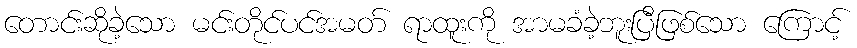
တောင်းဆိုခဲ့သော မင်းတိုင်ပင်အမတ် ရာထူးကို အာမခံခဲ့ဘူးပြီဖြစ်သော ကြောင့်